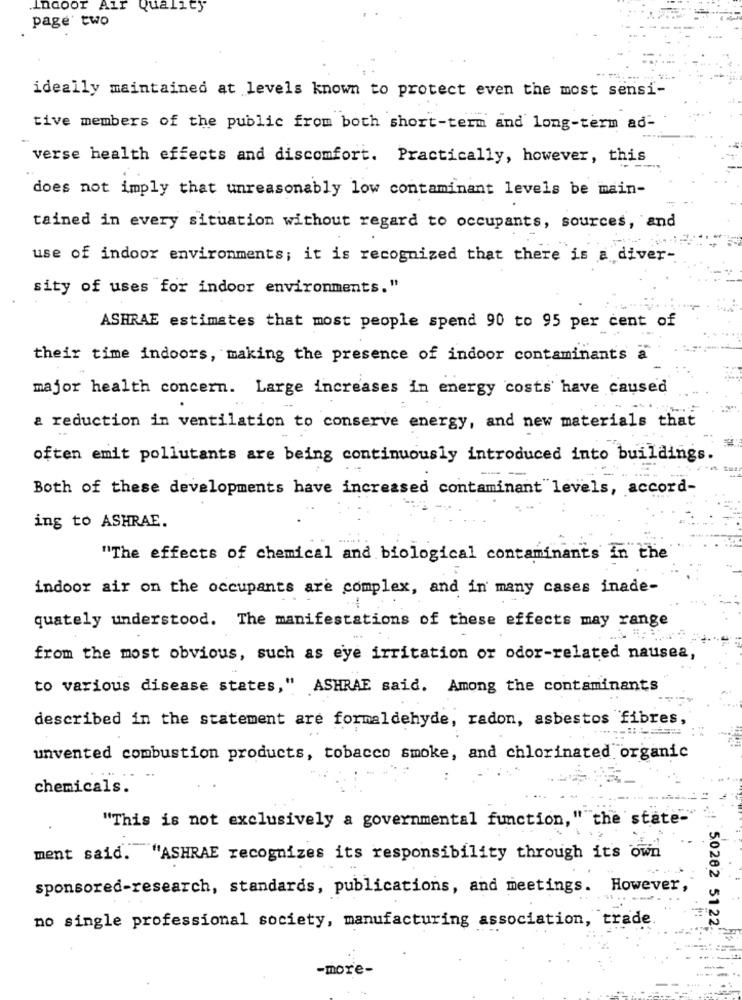
Indoor Air Quality
page' two
ideally maintained at levels known to protect even the most sensi-
tive members of the public from both short-term and long-term ad-
verse health effects and discomfort. Practically, however, this
does not imply that unreasonably low contaminant levels be main-
tained in every situation without regard to occupants, sources, and
use of indoor environments; it is recognized that there is a diver-
sity of uses for indoor environments."
ASHRAE estimates that most people spend 90 to 95 per cent of
their time indoors, making the presence of indoor contaminants a
major health concern. Large increases in energy costs' have caused
a reduction in ventilation to conserve energy, and new materials that
often emit pollutants are being continuously introduced into buildings.
-- -
Both of these developments have increased contaminant levels, accord-
ing to ASHRAE.
"The effects of chemical and biological contaminants in the
indoor air on the occupants are complex, and in many cases inade-
quately understood. The manifestations of these effects may range
from the most obvious, such as eye irritation or odor-related nausea,
to various disease states," ASHRAE said. Among the contaminants
described in the statement are formaldehyde, radon, asbestos fibres
unvented combustion products, tobacco smoke, and chlorinated organic
chemicals.
"This is not exclusively a governmental function,"" the state-
ment said. "ASHRAE recognizes its responsibility through its own
sponsored-research, standards, publications, and meetings. However,
no single professional society, manufacturing association, trade
.. 50202 5122
-more-